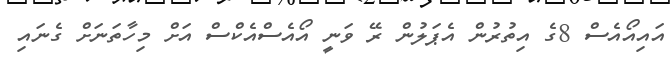
އައިއޯއެސް 8ގެ އިތުރުން އެޕަލުން ރޭ ވަނީ އޯއެސްއެކްސް އަށް މިހާތަނަށް ގެނައި